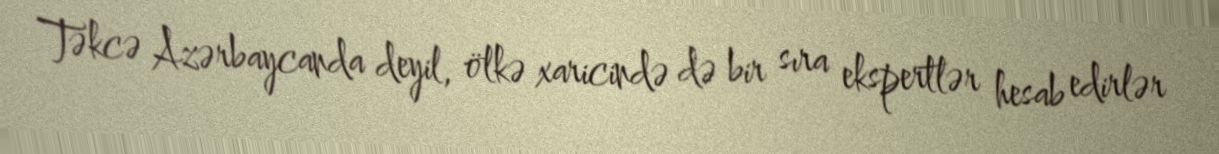
Təkcə Azərbaycanda deyil, ölkə xaricində də bir sıra ekspertlər hesab edirlər